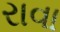
રાવા